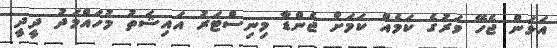
އަޅަން ޖެހޭ ވަރުގެ ކަމެއް ކަމަށް ޖެންޑާ މިނިސްޓަރު އައިޝަތު މުހައްމަދު ދީދީ